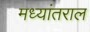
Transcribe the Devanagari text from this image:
मध्यांतराल